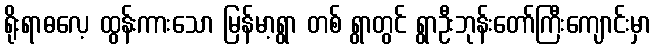
ရိုးရာဓလေ့ ထွန်းကားသော မြန်မာ့ရွာ တစ် ရွာတွင် ရွာဦးဘုန်းတော်ကြီးကျောင်းမှာ